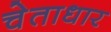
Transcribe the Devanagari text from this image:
चेताधार